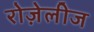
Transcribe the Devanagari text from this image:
रोज़ेलीज